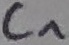
Text: C1